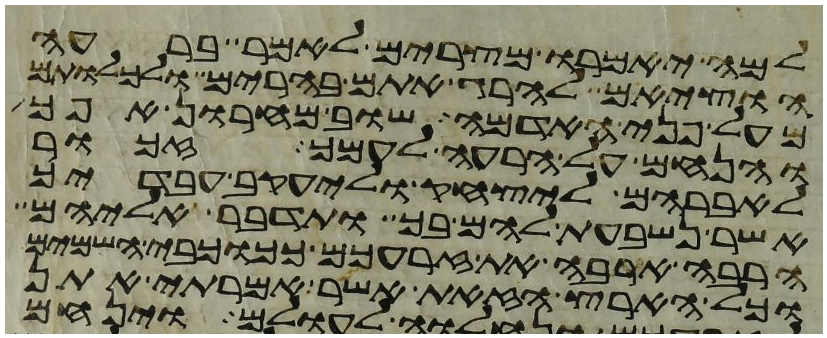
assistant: למה יאמרו מצרים לאמר ברעה
הוציאם להרג אתם בהרים ולכלותם
מעל פני האדמה שוב מחרון אפך
והנחם על הרעה לעמך זכור
לאברהם ליצחק וליעקב עבדיך
אשר נשבעת להם בך ותדבר אליהם
הרבה ארבה את זרעכם ככוכבי השמים
וכל הארץ הזאת אשר אמרתי אתן